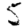
Digit: 5